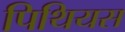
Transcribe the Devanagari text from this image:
पिथियस